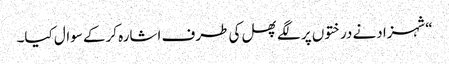
“شہزادنے درختوں پر لگے پھل کی طرف اشارہ کرکے سوال کیا۔